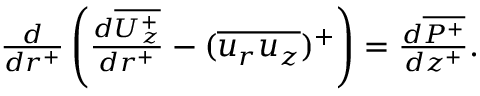
\begin{array} { r } { \frac { d } { d r ^ { + } } \left( \frac { d \overline { { U _ { z } ^ { + } } } } { d r ^ { + } } - ( \overline { { u _ { r } u _ { z } } } ) ^ { + } \right) = \frac { d \overline { { P ^ { + } } } } { d z ^ { + } } . } \end{array}